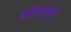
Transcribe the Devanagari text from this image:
बहिर्रभूत